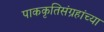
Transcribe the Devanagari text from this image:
पाककृतिसंग्रहांच्या